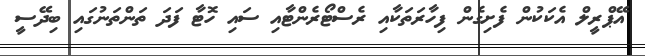
އޭޕްރީލް އެކަކުން ފެށިގެން ފިހާރަތަކާއި ރެސްޓޯރެންޓާއި ސައި ހޮޓާ ފަދަ ތަންތަނުގައި ބިދޭސީ